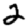
Digit: 2